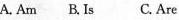
A. Am B. Is C. Are